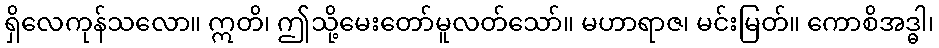
ရှိလေကုန်သလော။ ဣတိ၊ ဤသို့မေးတော်မူလတ်သော်။ မဟာရာဇ၊ မင်းမြတ်။ ကောစိအဒ္ဓါ၊